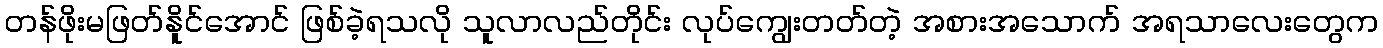
တန်ဖိုးမဖြတ်နိူင်အောင် ဖြစ်ခဲ့ရသလို သူလာလည်တိုင်း လုပ်ကျွေးတတ်တဲ့ အစားအသောက် အရသာလေးတွေက